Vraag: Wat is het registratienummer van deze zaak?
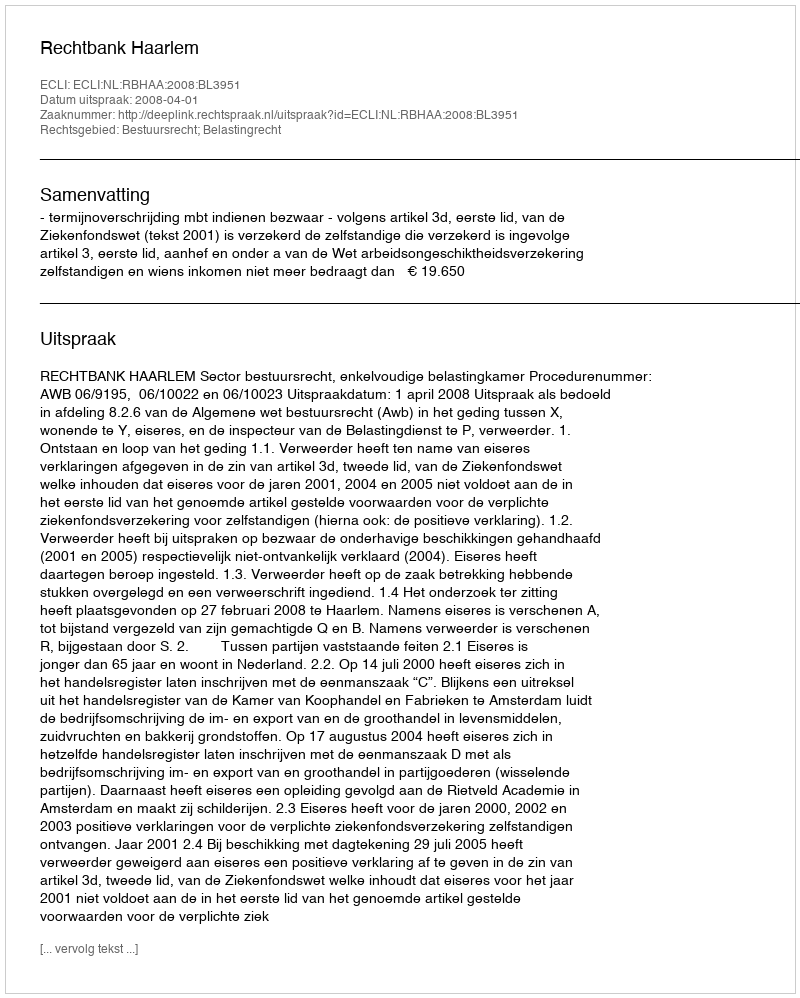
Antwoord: http://deeplink.rechtspraak.nl/uitspraak?id=ECLI:NL:RBHAA:2008:BL3951